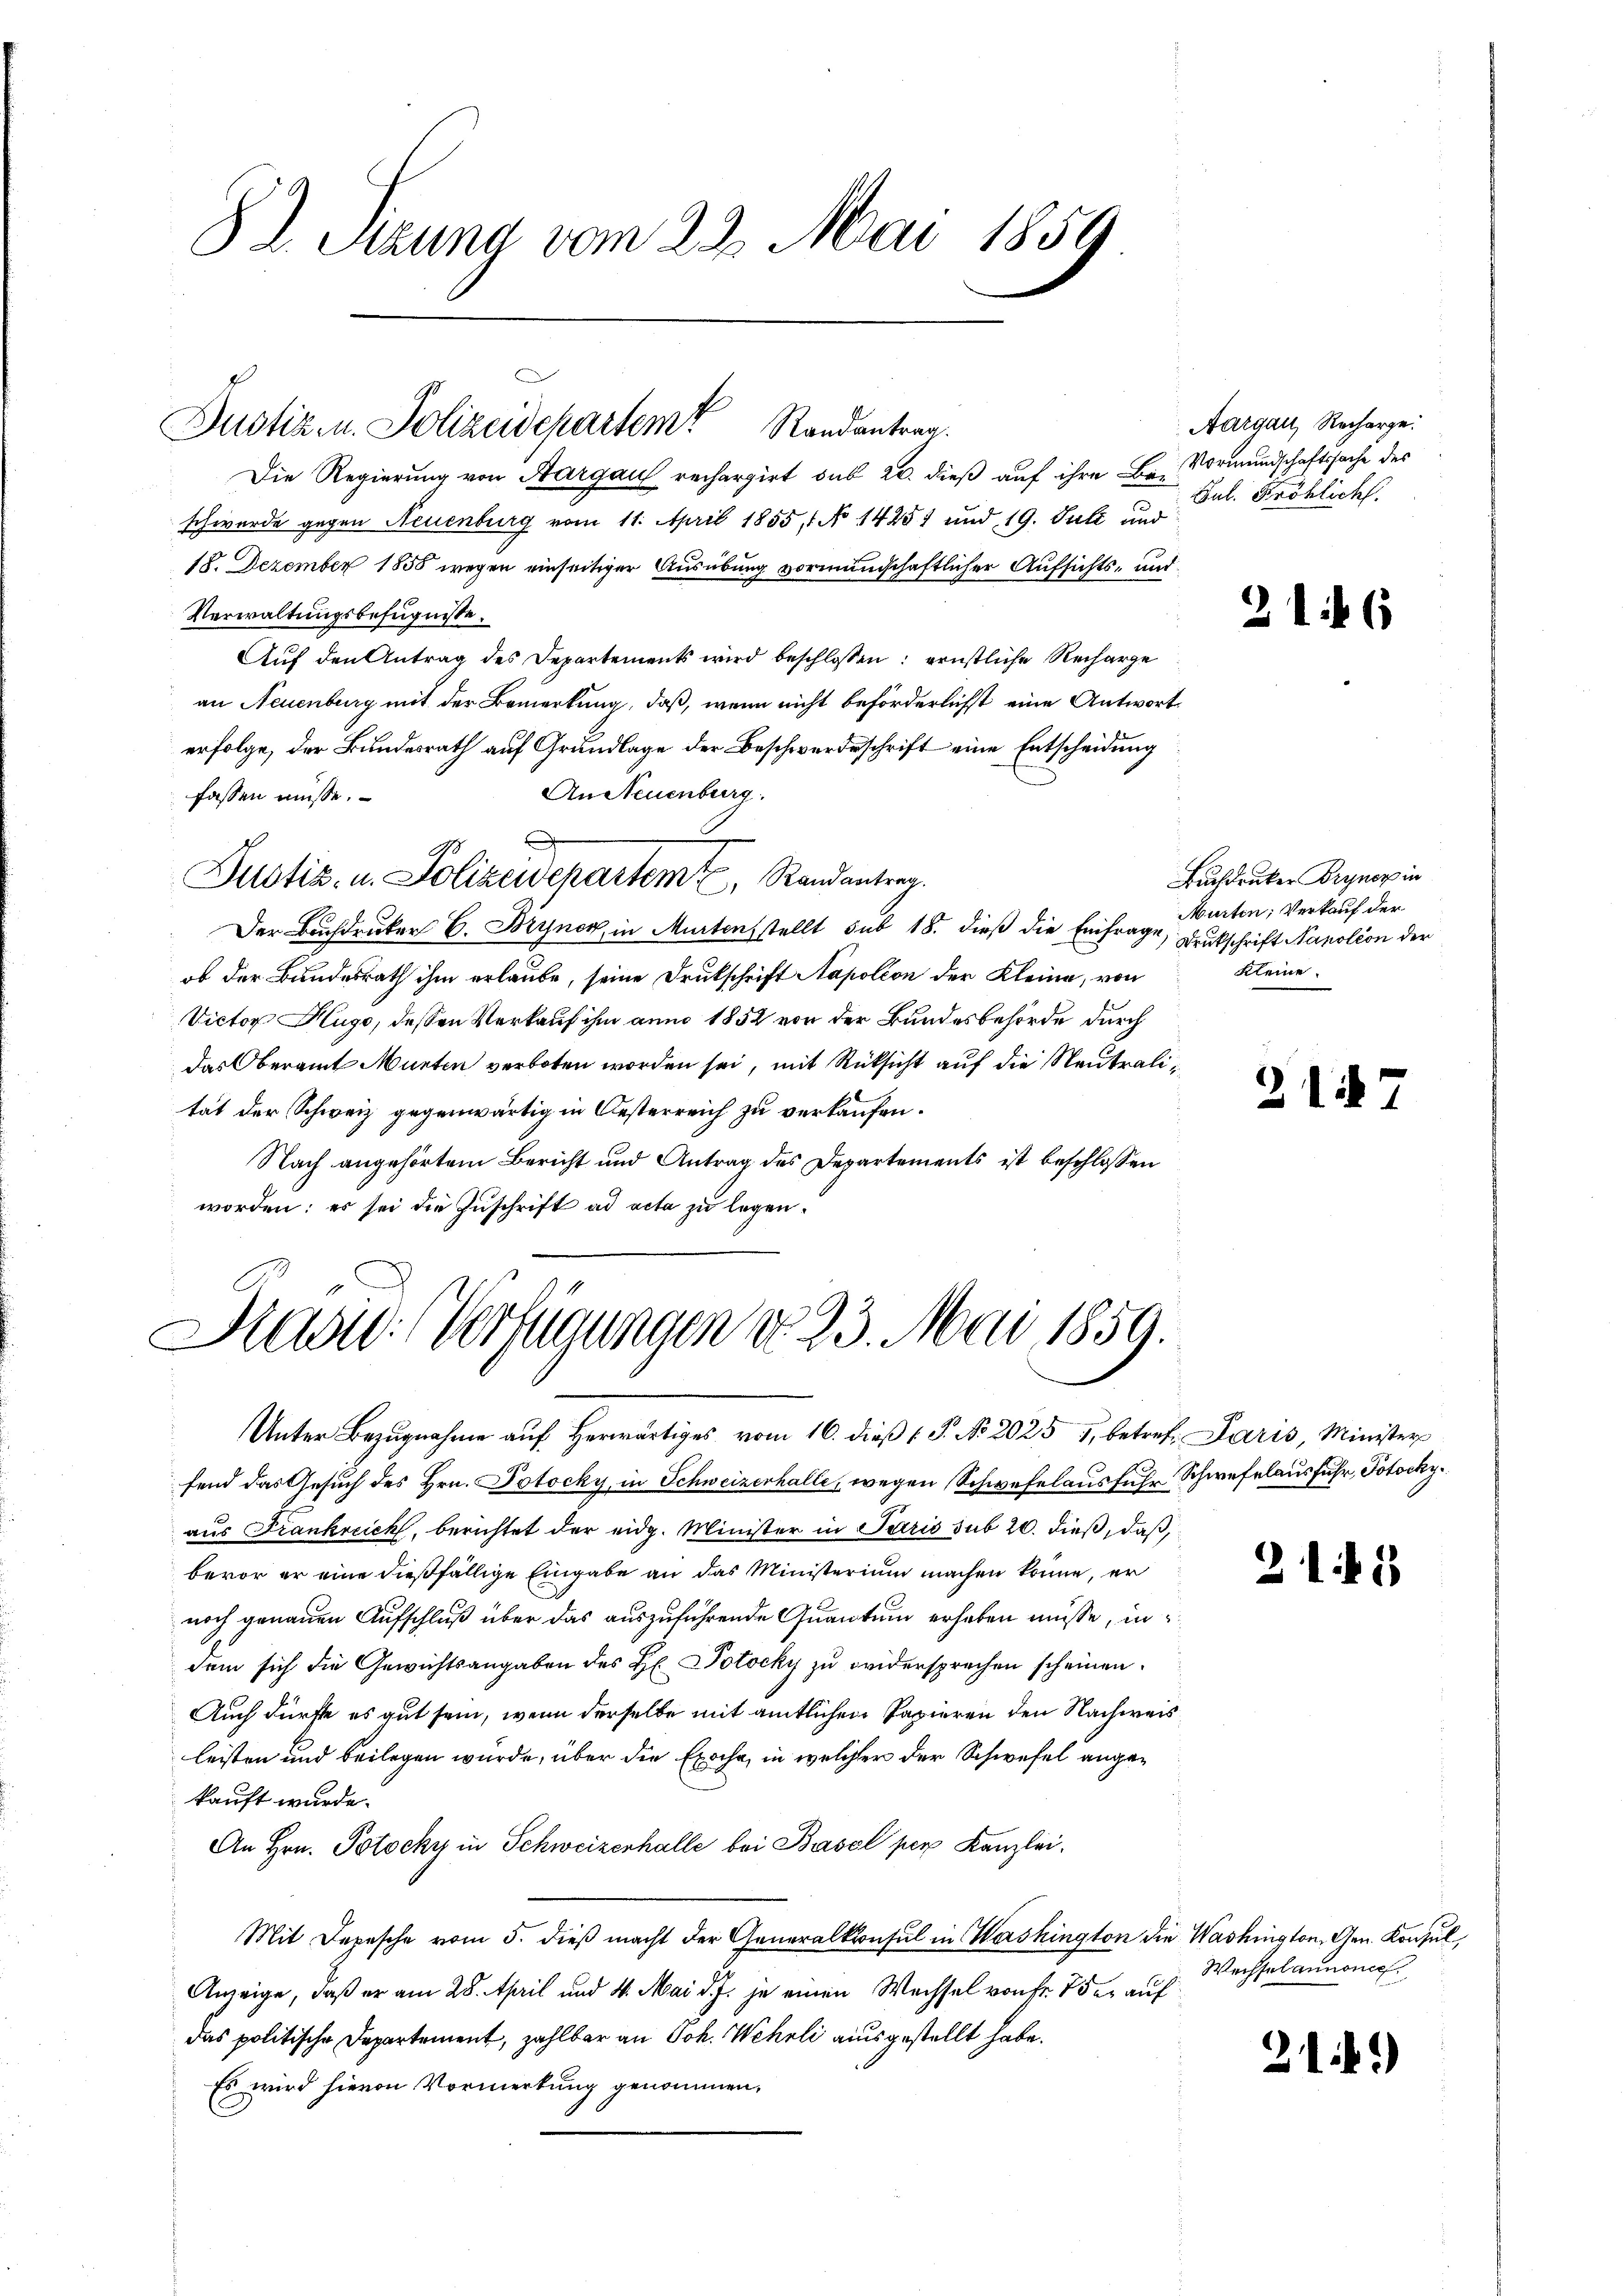
82. Sitzung vom 22. Mai 1859.

Justiz- u. Polizeidepartem Randantrag.

Die Regierung von Aargau rechargirt sub 20. dieß auf ihre Be- Vormundschaftssache des
schwerde gegen Neuenburg vom 11. April 1855, 1 No 14251 und 19. Juli und
18. Dezember 1856 wegen einseitiger Ausübung vormundschaftlicher Aufsichts- und
Verwaltungsbefugnisse.
Auf den Antrag des Departements wird beschlossen: ernstliche Recharge
an Neuenburg mit der Bemerkung, daß, wenn nicht beförderlichst eine Antwort
erfolge, der Bundesrath auf Grundlage der Beschwerdeschrift eine Entscheidung
An Neuenburg.
fassen müsse.
9
Justiz- u. Polizeidepartemt, Randantrag.
Der Buchdruker C. Bryner, in Murtensstellt sub 18. dieß die Einfrage, Deutschrift Nanolion der
ob der Bundesrath ihm erlaube, seine Drukschrift Napoleon der Kleine, von
Victor Hugo, dessen Verkauf ihm anno 1852 von der Bundesbehörde durch
Das Oberamt Murten verboten worden sei, mit Rücksicht auf die Neutralitat der Schweiz gegenwärtig in Oesterreich zu verkaufen.
Nach angehörtem Bericht und Antrag des Departements ist beschlossen
worden: es sei die Zuschrift ad acta zu legen.

Haad: Verfügungen d. 23. Mai 1859.

Aargau, Recharge.
Jul. Fröhlich.

Unter Bezugnahme auf herwärtiges vom 16. dieß 1 S. No 2025 3, betref Paris, Minister
fend das Gesuch des Hrn. Potocky, in Schweizerhalle, wegen Schwefelausfuhr Schwefelausfuhr, Potocky.
aus Frankreich, berichtet der eidg. Minister in Paris sub 20. dieß, daß
bevor er eine dießfällige Eingabe an das Ministerium machen könne, er
noch genauen Aufschluß über das auszuführende Quantum erhaben müsse, in
dem sich die Gewichtsangaben des H. Potocky zu widersprechen scheinen.
Auch dürfte es gut sein, wenn derselbe mit amtlichen Papieren den Nachweis
leisten und beilegen würde, über die Exoche, in welcher der Schwefel angekauft wurde.
An Hrn. Potocky in Schweizerhalle bei Basel per Kanzlei.
Mit Depesche vom 5. dieß macht der Generalkonsul in Washington die Washington, Gen. Konsul,
Anzeige, daß er am 28. April und 4. Mai d. J. je einen Wechsel von Fr. 7 der auf
das politische Departement, zahlbar an Joh. Wehrli ausgestellt habe.
Es wird hievon Vormerkung genommen,

2146

Buchdrucker Bryner in
Murten, Verkauf der
Kleine.

245

2141

Weissel annonce

21

)